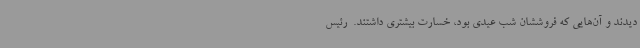
دیدند و آن‌هایی که فروششان ‌شب عیدی بود، خسارت بیشتری داشتند. ‌ رئیس